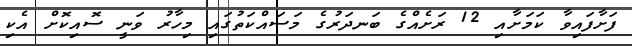
ފަށާފައިވާ ކަމަށާއި 12 ރަށެއްގެ ބަނދަރުގެ މަސައްކަތުގައި މިހާރު ވަނީ ސޮއިކޮށް އެކި